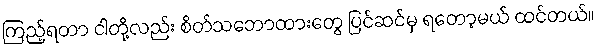
ကြည့်ရတာ ငါတို့လည်း စိတ်သဘောထားတွေ ပြင်ဆင်မှ ရတော့မယ် ထင်တယ်။